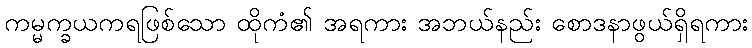
ကမ္မက္ခယကရဖြစ်သော ထိုကံ၏ အရကား အဘယ်နည်း စောဒနာဖွယ်ရှိရကား